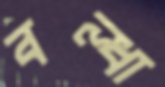
বল্ধা